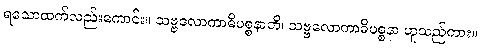
ရသောထက်လည်းကောင်း။ သဗ္ဗလောကာဓိပစ္စနာတိ၊ သဗ္ဗလောကာဓိပစ္စနာ ဟူသည်ကား။